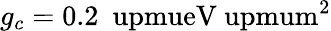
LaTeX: g_{c}=0.2~\mathrm{\ upmueV\ upmum^{2}}